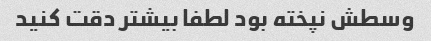
وسطش نپخته بود لطفا بیشتر دقت کنید